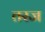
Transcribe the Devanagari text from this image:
तरज